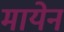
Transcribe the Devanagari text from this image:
मायेनं